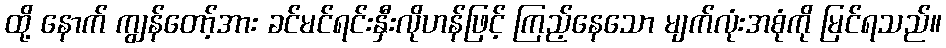
ထို့ နောက် ကျွန်တော့်အား ခင်မင်ရင်းနှီးလိုဟန်ဖြင့် ကြည့်နေသော မျက်လုံးအစုံကို မြင်ရသည်။